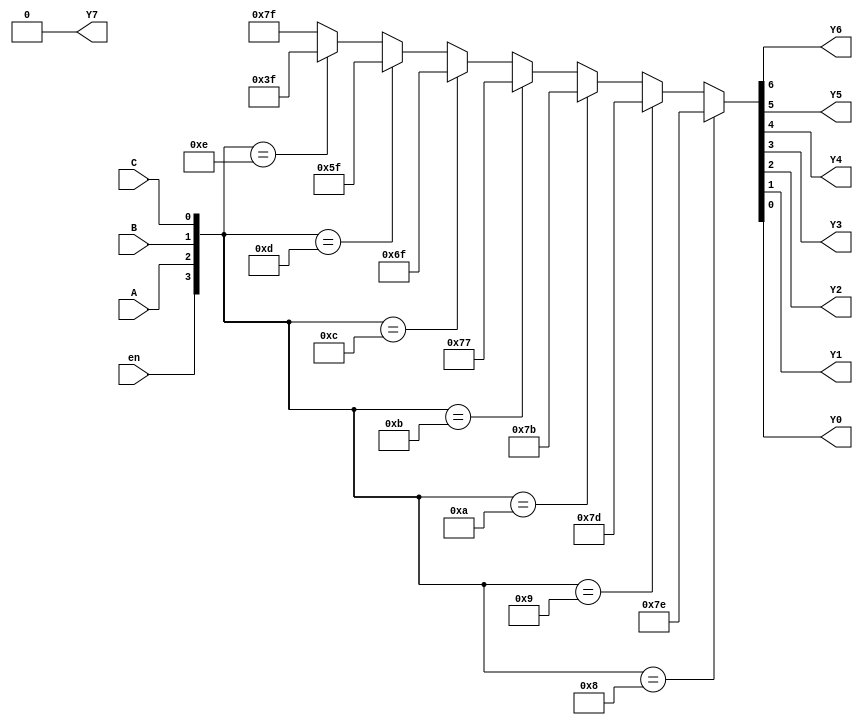
/******************************************************************
 *
 * Module of a 3 to 8 Decoder with an active high enable input and
 * and active low outputs. This model uses a trinary continuous 
 * assignment statement for the combinational logic
 *******************************************************************/
//*****************************************************************
  module decoder_3to8(Y7, Y6, Y5, Y4, Y3, Y2, Y1, Y0, A, B, C, en);
//*****************************************************************
     output Y7, Y6, Y5, Y4, Y3, Y2, Y1, Y0;
     input  A, B, C;
     input  en;
     assign {Y7,Y6,Y5,Y4,Y3,Y2,Y1,Y0} = ( {en,A,B,C} == 4'b1000) ? 8'b1111110 :
                                        ( {en,A,B,C} == 4'b1001) ? 8'b1111101 :
                                        ( {en,A,B,C} == 4'b1010) ? 8'b1111011 :
                                        ( {en,A,B,C} == 4'b1011) ? 8'b1110111 :
                                        ( {en,A,B,C} == 4'b1100) ? 8'b1101111 :
                                        ( {en,A,B,C} == 4'b1101) ? 8'b1011111 :
                                        ( {en,A,B,C} == 4'b1110) ? 8'b0111111 :
                                        ( {en,A,B,C} == 4'b1111) ? 8'b1111111 :
                                                                   8'b1111111;
  endmodule